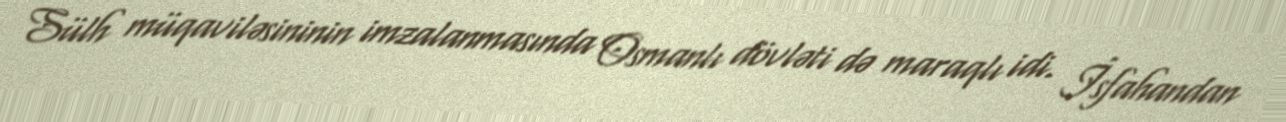
Sülh müqaviləsininin imzalanmasında Osmanlı dövləti də maraqlı idi. İsfahandan